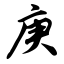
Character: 庚